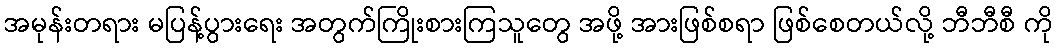
အမုန်းတရား မပြန့်ပွားရေး အတွက်ကြိုးစားကြသူတွေ အဖို့ အားဖြစ်စရာ ဖြစ်စေတယ်လို့ ဘီဘီစီ ကို